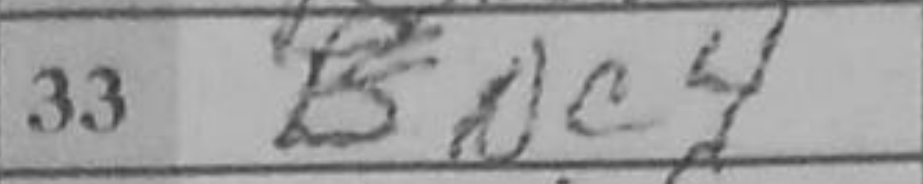
Transcription: Nc4